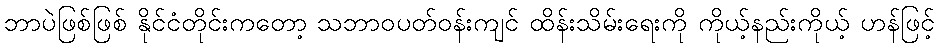
ဘာပဲဖြစ်ဖြစ် နိုင်ငံတိုင်းကတော့ သဘာဝပတ်ဝန်းကျင် ထိန်းသိမ်းရေးကို ကိုယ့်နည်းကိုယ့် ဟန်ဖြင့်